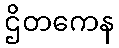
ဌိတကေန